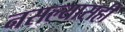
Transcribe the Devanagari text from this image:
नसल्यासही